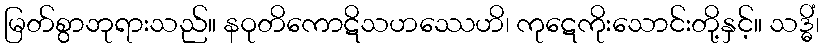
မြတ်စွာဘုရားသည်။ နဝုတိကောဋိသဟဿေဟိ၊ ကုဋေကိုးသောင်းတို့နှင့်။ သဒ္ဓိံ၊